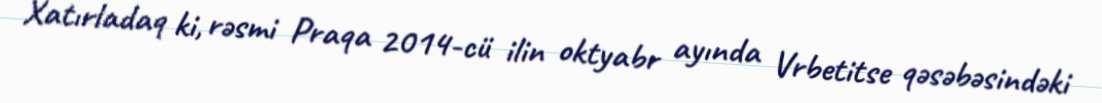
Xatırladaq ki, rəsmi Praqa 2014-cü ilin oktyabr ayında Vrbetitse qəsəbəsindəki